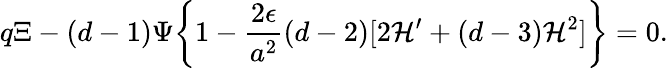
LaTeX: q\Xi-(d-1)\Psi\biggl\{ 1-\frac{2\epsilon}{a^{2}}(d-2)[2{\cal H}^{\prime}+(d-3){\cal H}^{2}]\biggr\} =0.